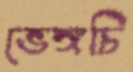
ভেঙ্গচি